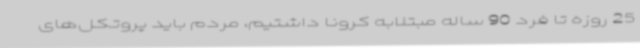
25 روزه تا فرد 90 ساله مبتلابه کرونا داشتیم، مردم باید پروتکل‌های